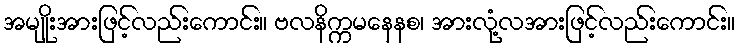
အမျိုးအားဖြင့်လည်းကောင်း။ ဗလနိက္ကမနေနစ၊ အားလုံ့လအားဖြင့်လည်းကောင်း။